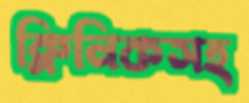
ক্লিনিকসহ